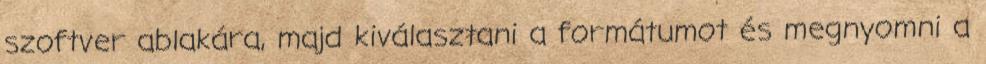
szoftver ablakára, majd kiválasztani a formátumot és megnyomni a